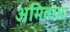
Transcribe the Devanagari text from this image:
अमिताभा